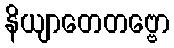
နိယျာတေတဗ္ဗော